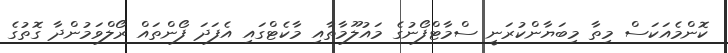
ކޮންމެއަކަސް މިތާ މިބަޔާންކުރަނީ ސްމާޓްފޯނުގެ މައުލޫމާތާއި މާކެޓްގައި އެފަދަ ފޯންތައް ރޯލްވަމުންދާ ގޮތުގެ